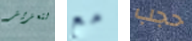
لتعزيز مع حجب